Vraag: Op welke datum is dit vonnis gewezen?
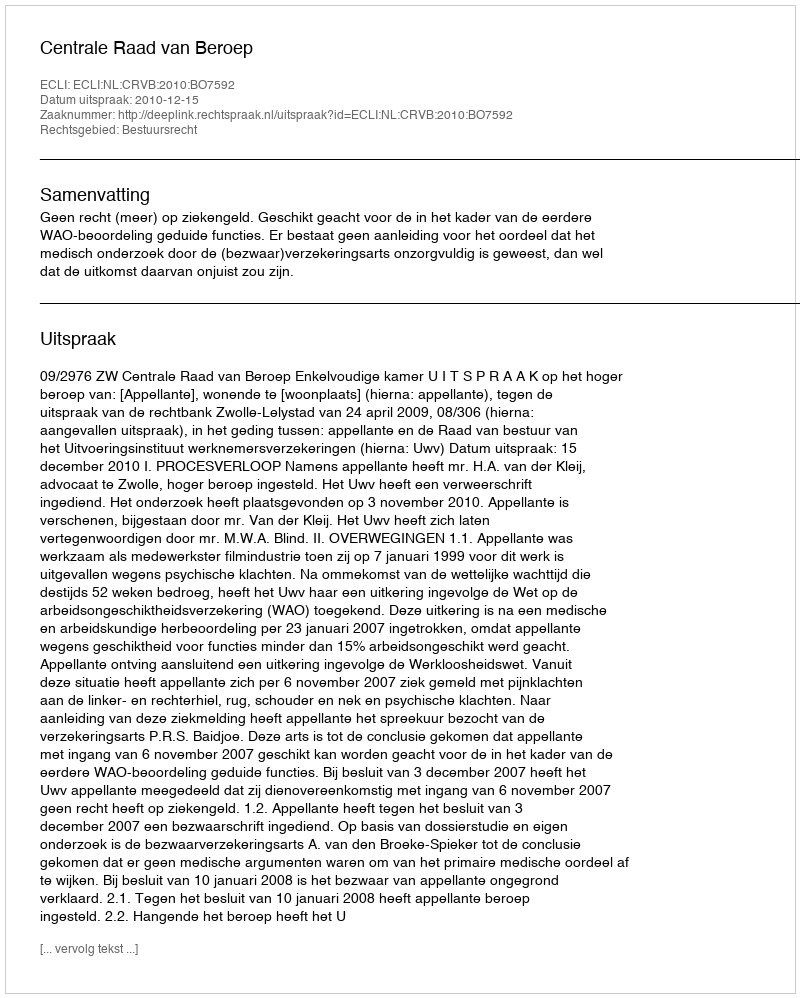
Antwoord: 2010-12-15